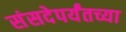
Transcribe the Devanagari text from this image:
संसदेपर्यंतच्या